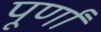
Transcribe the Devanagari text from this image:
पूर्णां